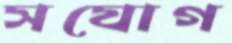
সযোগ